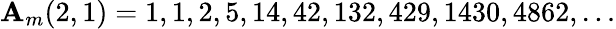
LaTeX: \mathbf{A}_{m}(2,1)=1,1,2,5,14,42,132,429,1430,4862,\ldots